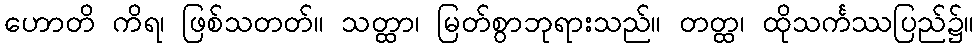
ဟောတိ ကိရ၊ ဖြစ်သတတ်။ သတ္ထာ၊ မြတ်စွာဘုရားသည်။ တတ္ထ၊ ထိုသင်္ကဿပြည်၌။